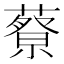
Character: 𦾍